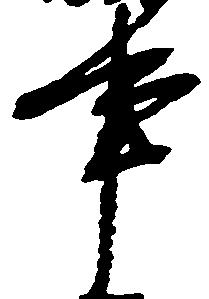
事